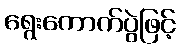
ရွေးကောက်ပွဲဖြင့်